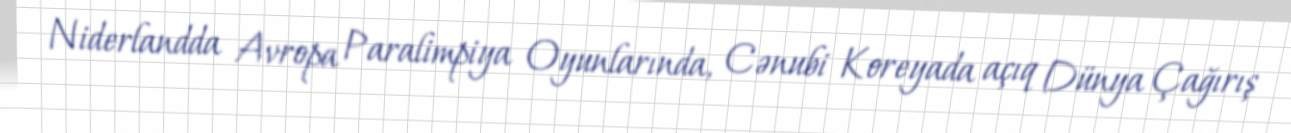
Niderlandda Avropa Paralimpiya Oyunlarında, Cənubi Koreyada açıq Dünya Çağırış